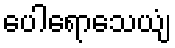
ပေါရောသေယျံ